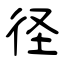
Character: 径